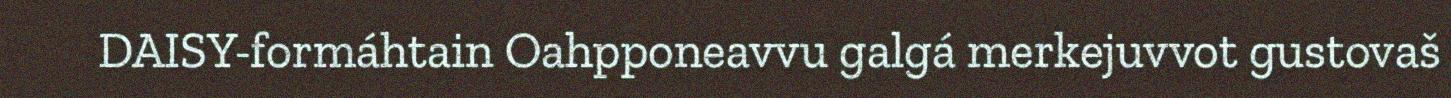
DAISY-formáhtain Oahpponeavvu galgá merkejuvvot gustovaš